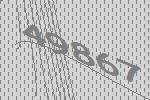
49867